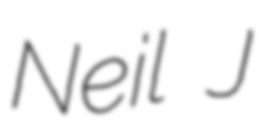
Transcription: Neil J